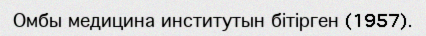
Омбы медицина институтын бітірген (1957).